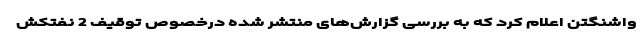
واشنگتن اعلام کرد که به بررسی گزارش‌های منتشر شده درخصوص توقیف 2 نفتکش